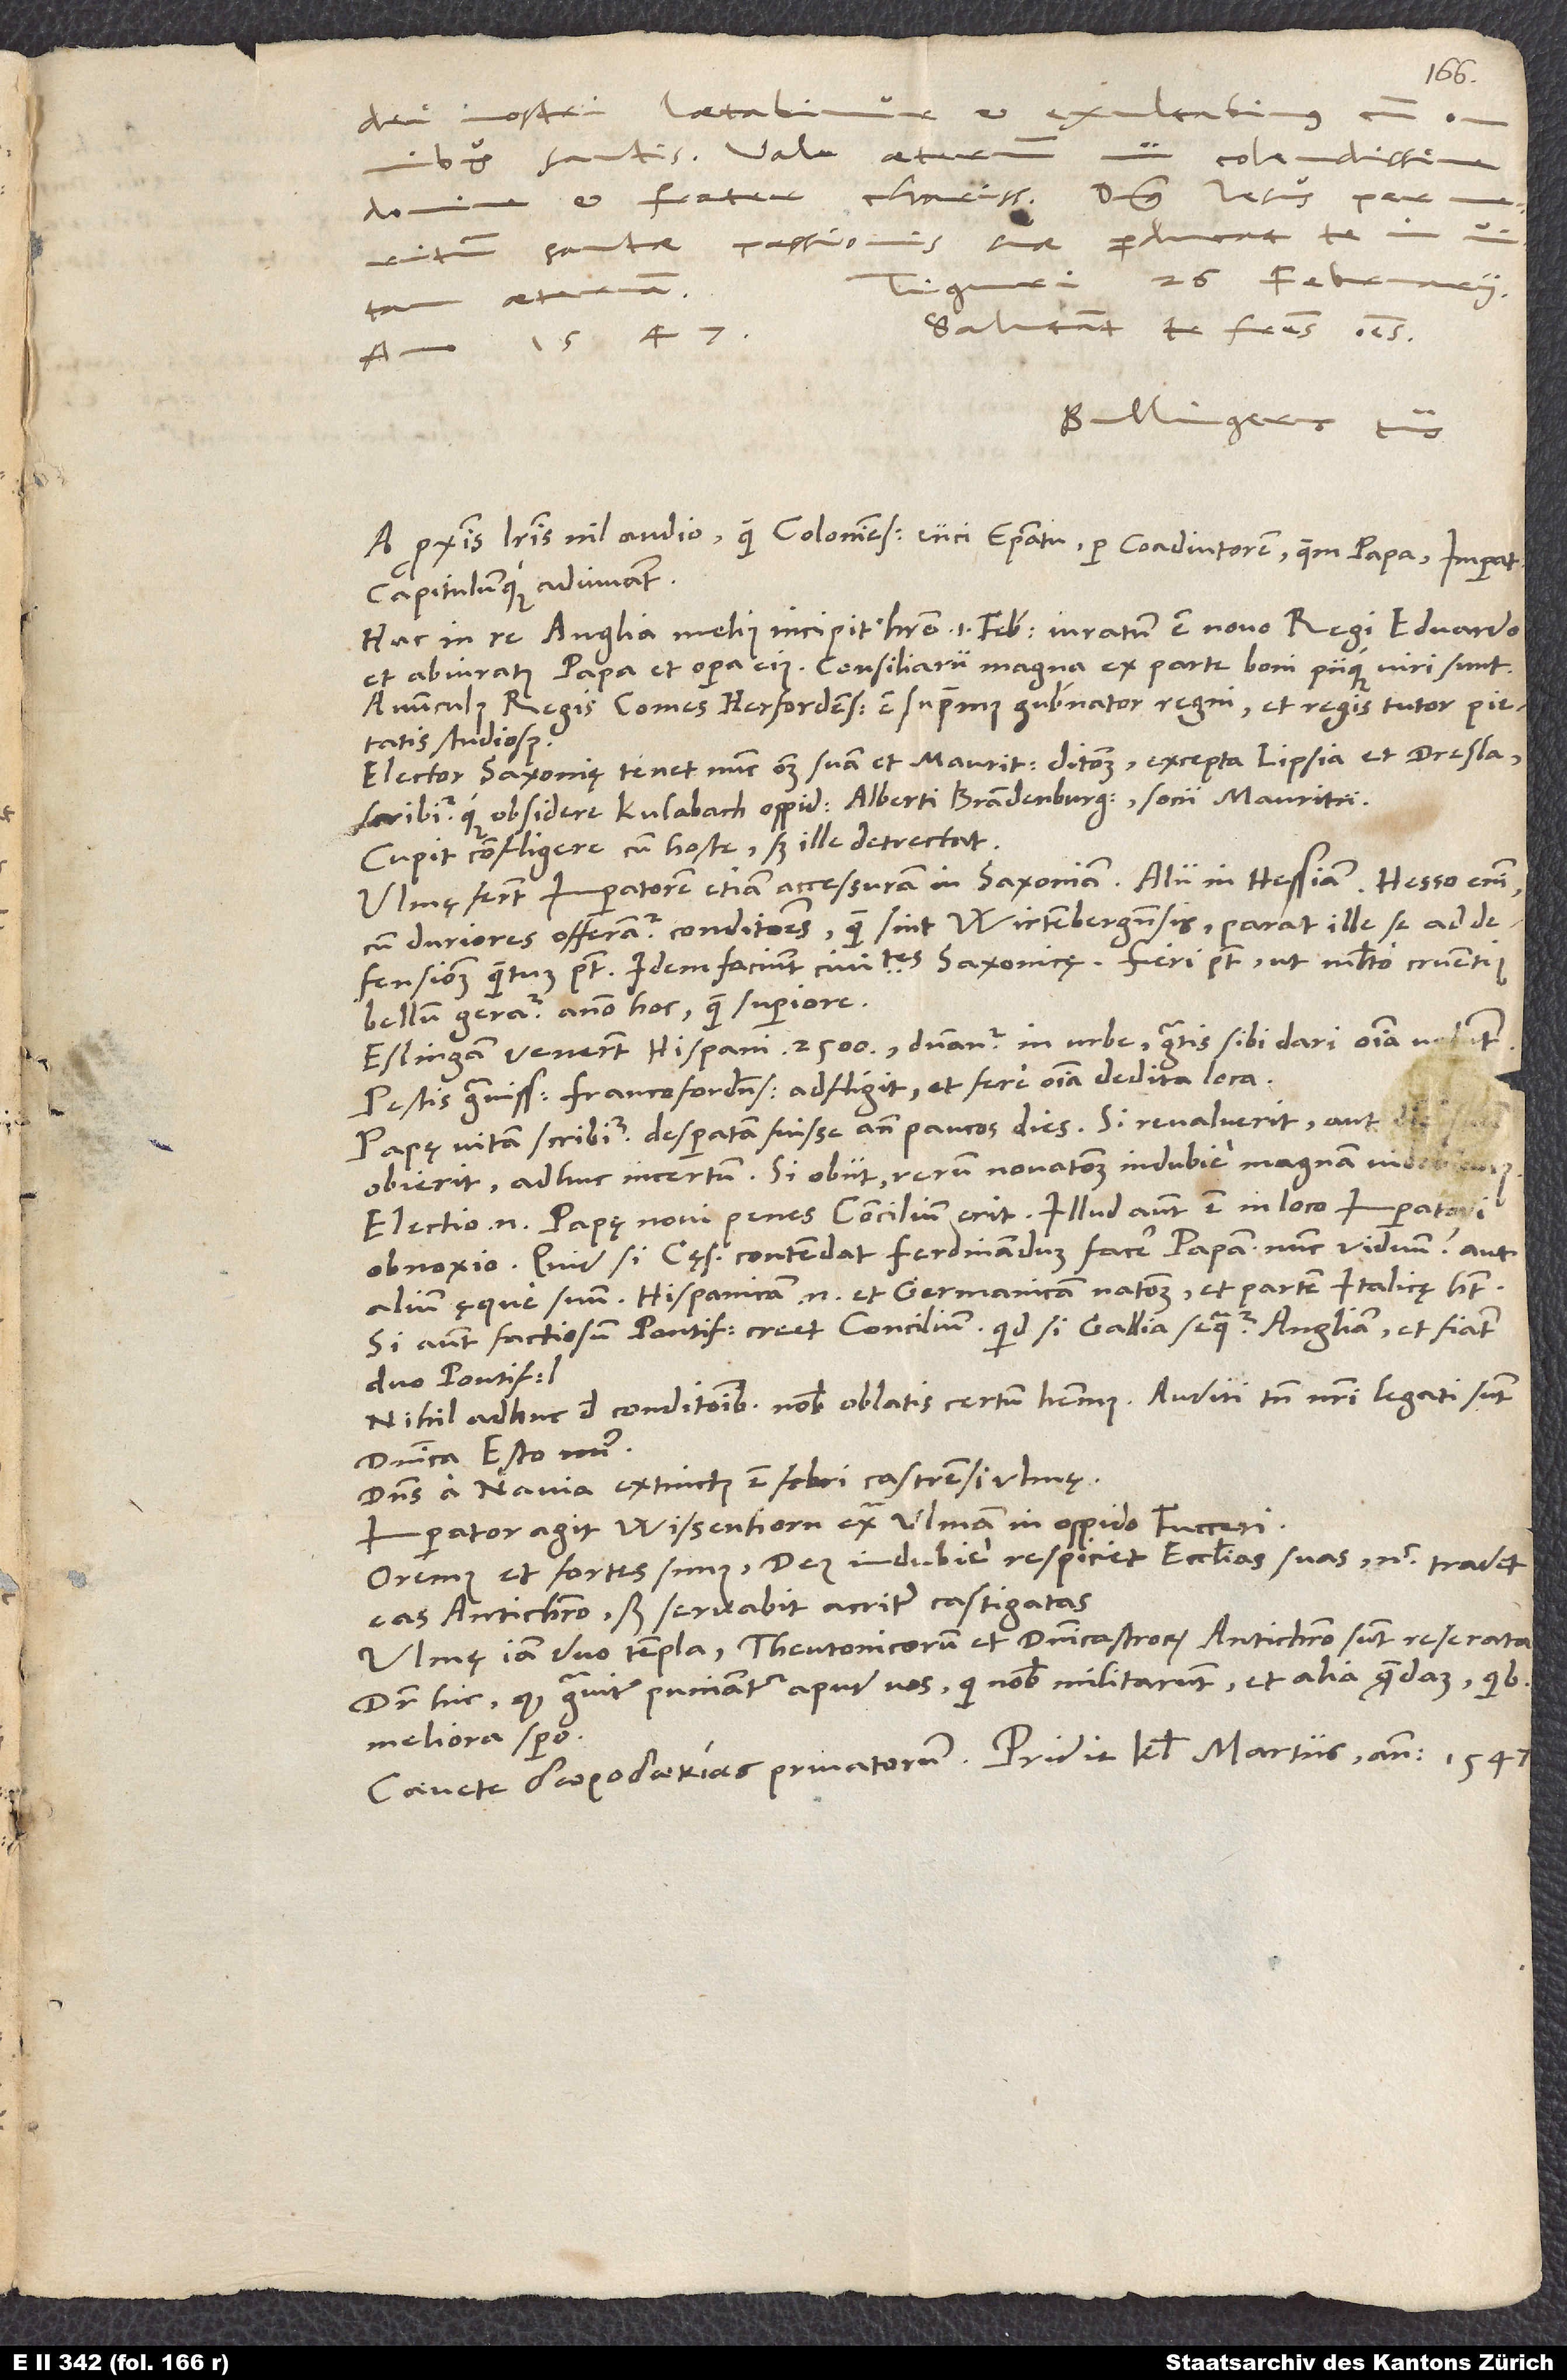
S.
exultabimus
dei nostri laetabimur
charissime! Dominus Iesus per
domine et frater
meritum sanctae passionis suae perducat te in vitam
Tiguri, 26. februarii
aeternam!
Salutant te fratres omnes.
anno 1547.
Bullingerus tuus.